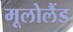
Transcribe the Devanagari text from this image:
मूलोलैंड